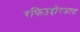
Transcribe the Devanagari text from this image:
रफिउद्दोरजात